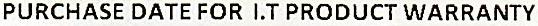
PURCHASE DATE FOR I.T PRODUCT WARRANTY